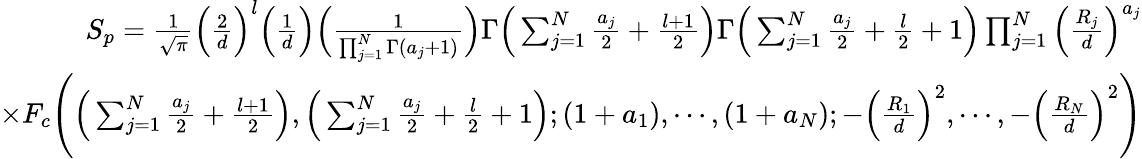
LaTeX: \begin{array}{r}{S_{p}=\frac{1}{\sqrt{\pi}}\Big(\frac{2}{d}\Big)^{l}\Big(\frac{1}{d}\Big)\Big(\frac{1}{\prod_{j=1}^{N}\Gamma(a_{j}+1)}\Big)\Gamma\Big(\sum_{j=1}^{N}\frac{a_{j}}{2}+\frac{l+1}{2}\Big)\Gamma\Big(\sum_{j=1}^{N}\frac{a_{j}}{2}+\frac{l}{2}+1\Big)\prod_{j=1}^{N}\Big(\frac{R_{j}}{d}\Big)^{a_{j}}}\\ {\times F_{c}\Bigg(\Big(\sum_{j=1}^{N}\frac{a_{j}}{2}+\frac{l+1}{2}\Big),\Big(\sum_{j=1}^{N}\frac{a_{j}}{2}+\frac{l}{2}+1\Big);(1+a_{1}),\cdots,(1+a_{N});-\Big(\frac{R_{1}}{d}\Big)^{2},\cdots,-\Big(\frac{R_{N}}{d}\Big)^{2}\Bigg)}\end{array}